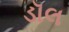
ડૉલ